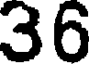
36